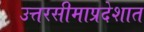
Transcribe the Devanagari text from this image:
उत्तरसीमाप्रदेशात